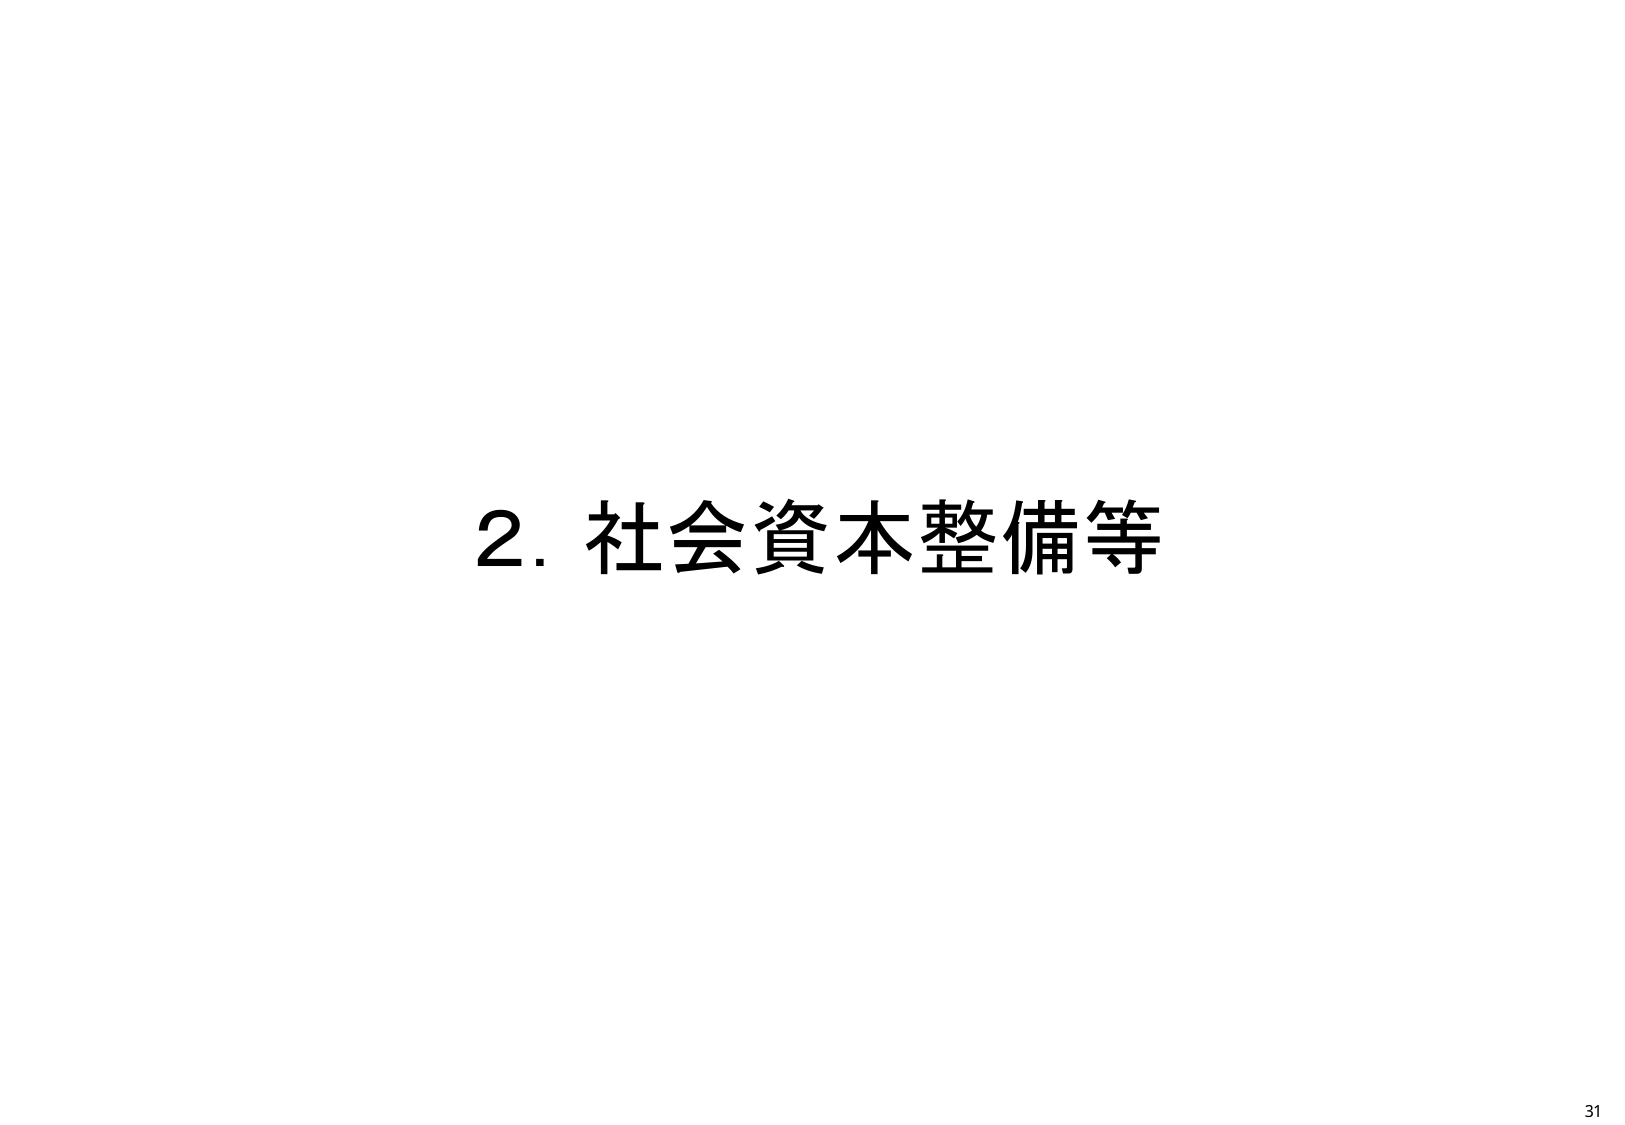
2. 社会資本整備等

31